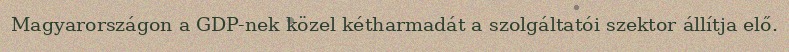
Magyarországon a GDP-nek közel kétharmadát a szolgáltatói szektor állítja elő.